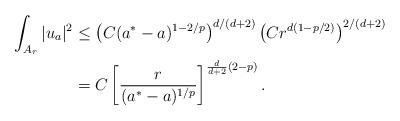
LaTeX: \begin{align*}\int_{A_r} |u_a|^2 &\le \left( C (a^*-a)^{1-2/p} \right)^{d/(d+2)} \left(C r^{d(1-p/2)} \right)^{2/(d+2)} \\&= C \left[ \frac{r}{(a^*-a)^{1/p}} \right]^{\frac{d}{d+2}(2-p)}.\end{align*}